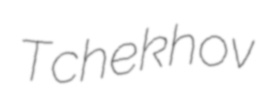
Tchekhov